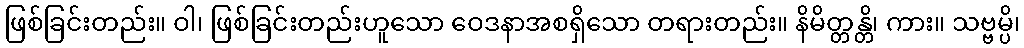
ဖြစ်ခြင်းတည်း။ ဝါ၊ ဖြစ်ခြင်းတည်းဟူသော ဝေဒနာအစရှိသော တရားတည်း။ နိမိတ္တန္တိ၊ ကား။ သဗ္ဗမ္ပိ၊